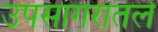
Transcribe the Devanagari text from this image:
उपसागरातले